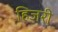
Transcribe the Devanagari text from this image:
हिजरी